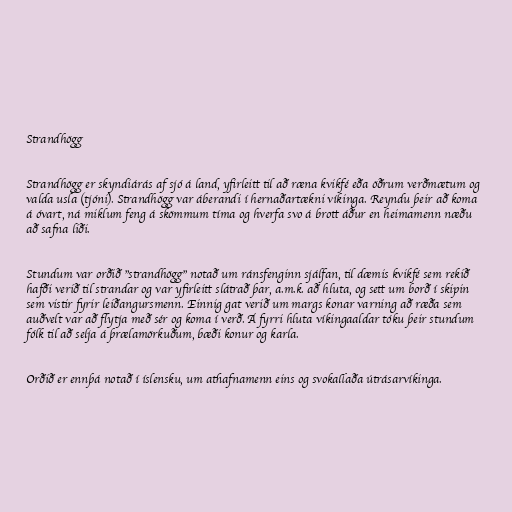
Strandhögg

Strandhögg er skyndiárás af sjó á land, yfirleitt til að ræna kvikfé eða öðrum verðmætum og
valda usla (tjóni). Strandhögg var áberandi í hernaðartækni víkinga. Reyndu þeir að koma
á óvart, ná miklum feng á skömmum tíma og hverfa svo á brott áður en heimamenn næðu
að safna liði.

Stundum var orðið "strandhögg" notað um ránsfenginn sjálfan, til dæmis kvikfé sem rekið
hafði verið til strandar og var yfirleitt slátrað þar, a.m.k. að hluta, og sett um borð í skipin
sem vistir fyrir leiðangursmenn. Einnig gat verið um margs konar varning að ræða sem
auðvelt var að flytja með sér og koma í verð. Á fyrri hluta víkingaaldar tóku þeir stundum
fólk til að selja á þrælamörkuðum, bæði konur og karla.

Orðið er ennþá notað í íslensku, um athafnamenn eins og svokallaða útrásarvíkinga.